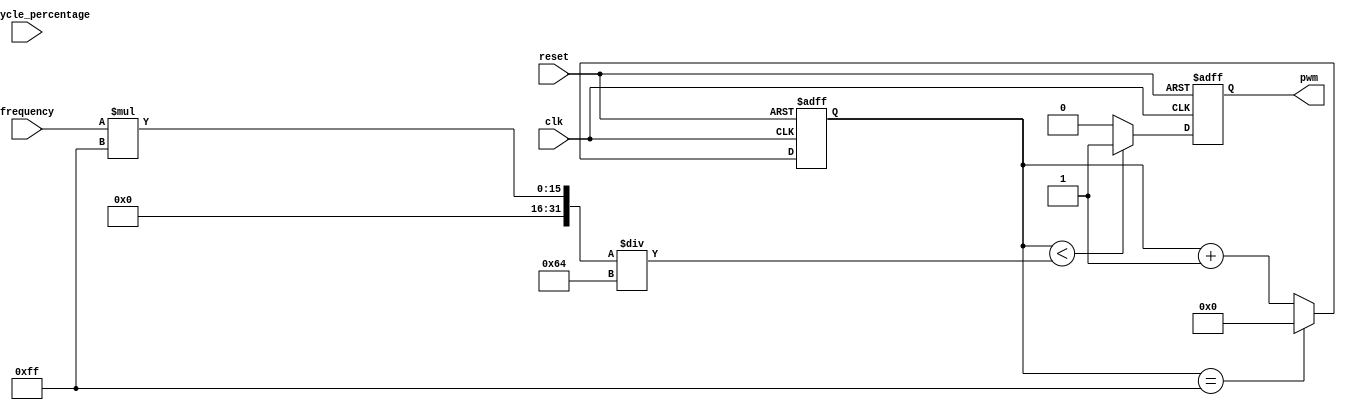
module pwm_generator (
    input wire clk,
    input wire reset,
    input wire [7:0] frequency,
    input wire [7:0] duty_cycle_percentage,
    output reg pwm
);

reg [7:0] counter;

always @(posedge clk or posedge reset) begin
    if (reset) begin
        counter <= 8'b0;
        pwm <= 1'b0;
    end else begin
        if (counter == 255) begin
            counter <= 8'b0;
        end else begin
            counter <= counter + 1;
        end
        
        if (counter < ((frequency * 255) / 100)) begin
            pwm <= 1'b1;
        end else begin
            pwm <= 1'b0;
        end
    end
end

endmodule